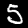
Digit: 5